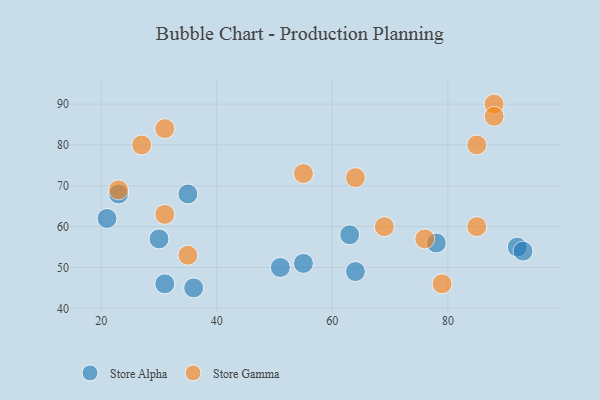
{"axis": {"x": "GDP", "y": "Life Expectancy"}, "legend": ["Store Alpha", "Store Gamma"], "data": [{"x": "31", "y": 46, "type": "Store Alpha"}, {"x": "23", "y": 68, "type": "Store Alpha"}, {"x": "92", "y": 55, "type": "Store Alpha"}, {"x": "21", "y": 62, "type": "Store Alpha"}, {"x": "78", "y": 56, "type": "Store Alpha"}, {"x": "55", "y": 51, "type": "Store Alpha"}, {"x": "30", "y": 57, "type": "Store Alpha"}, {"x": "93", "y": 54, "type": "Store Alpha"}, {"x": "63", "y": 58, "type": "Store Alpha"}, {"x": "64", "y": 49, "type": "Store Alpha"}, {"x": "51", "y": 50, "type": "Store Alpha"}, {"x": "36", "y": 45, "type": "Store Alpha"}, {"x": "35", "y": 68, "type": "Store Alpha"}, {"x": "31", "y": 63, "type": "Store Gamma"}, {"x": "76", "y": 57, "type": "Store Gamma"}, {"x": "23", "y": 69, "type": "Store Gamma"}, {"x": "31", "y": 84, "type": "Store Gamma"}, {"x": "88", "y": 90, "type": "Store Gamma"}, {"x": "88", "y": 87, "type": "Store Gamma"}, {"x": "55", "y": 73, "type": "Store Gamma"}, {"x": "79", "y": 46, "type": "Store Gamma"}, {"x": "27", "y": 80, "type": "Store Gamma"}, {"x": "69", "y": 60, "type": "Store Gamma"}, {"x": "35", "y": 53, "type": "Store Gamma"}, {"x": "85", "y": 60, "type": "Store Gamma"}, {"x": "85", "y": 80, "type": "Store Gamma"}, {"x": "64", "y": 72, "type": "Store Gamma"}]}